Subject: eess
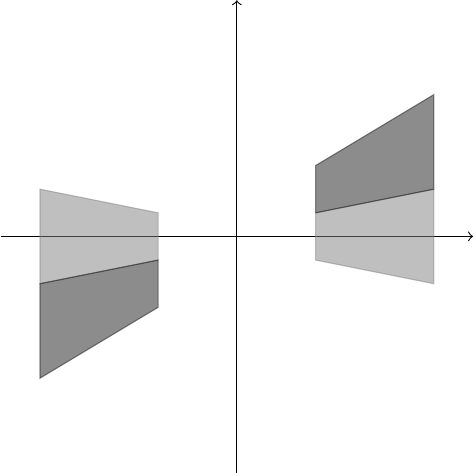
LaTeX code:
	\begin{tikzpicture}
		\draw[->] (-3, 0) -- (3, 0);
		\draw[->] (0, -3) -- (0, 3);
		\fill[draw,gray, opacity=.5] (1, -.3) --  (1, .3) -- (2.5, .6) -- (2.5, -.6) -- cycle;
		\fill[draw,gray, opacity=.5] (-1, -.3) --  (-1, .3) -- (-2.5, .6) -- (-2.5, -.6) -- cycle;
		\fill[draw,gray!20!black, opacity=.5] (1, .3) --  (1, .9) -- (2.5, 1.8) -- (2.5, .6) -- cycle;
		\fill[draw,gray!20!black, opacity=.5] (-1, -.3) --  (-1, -.9) -- (-2.5, -1.8) -- (-2.5, -.6) -- cycle;
	\end{tikzpicture}